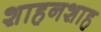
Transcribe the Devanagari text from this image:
शाहनशाह